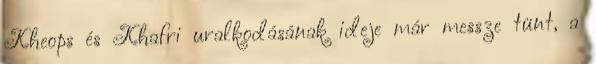
Kheops és Khafri uralkodásának ideje már messze tünt, a